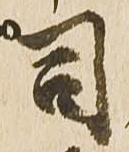
司